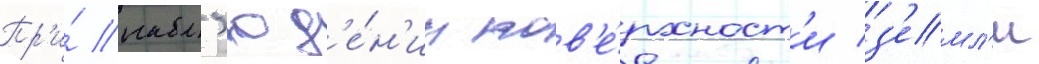
Пр'и́ набл'юд'е́н'ии пов'е́рхност'и з'емл'и